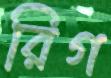
রিগ